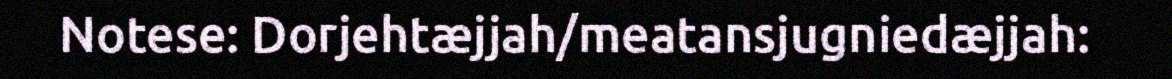
Notese: Dorjehtæjjah/meatansjugniedæjjah: